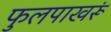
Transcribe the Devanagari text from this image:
फुलपाखरूं